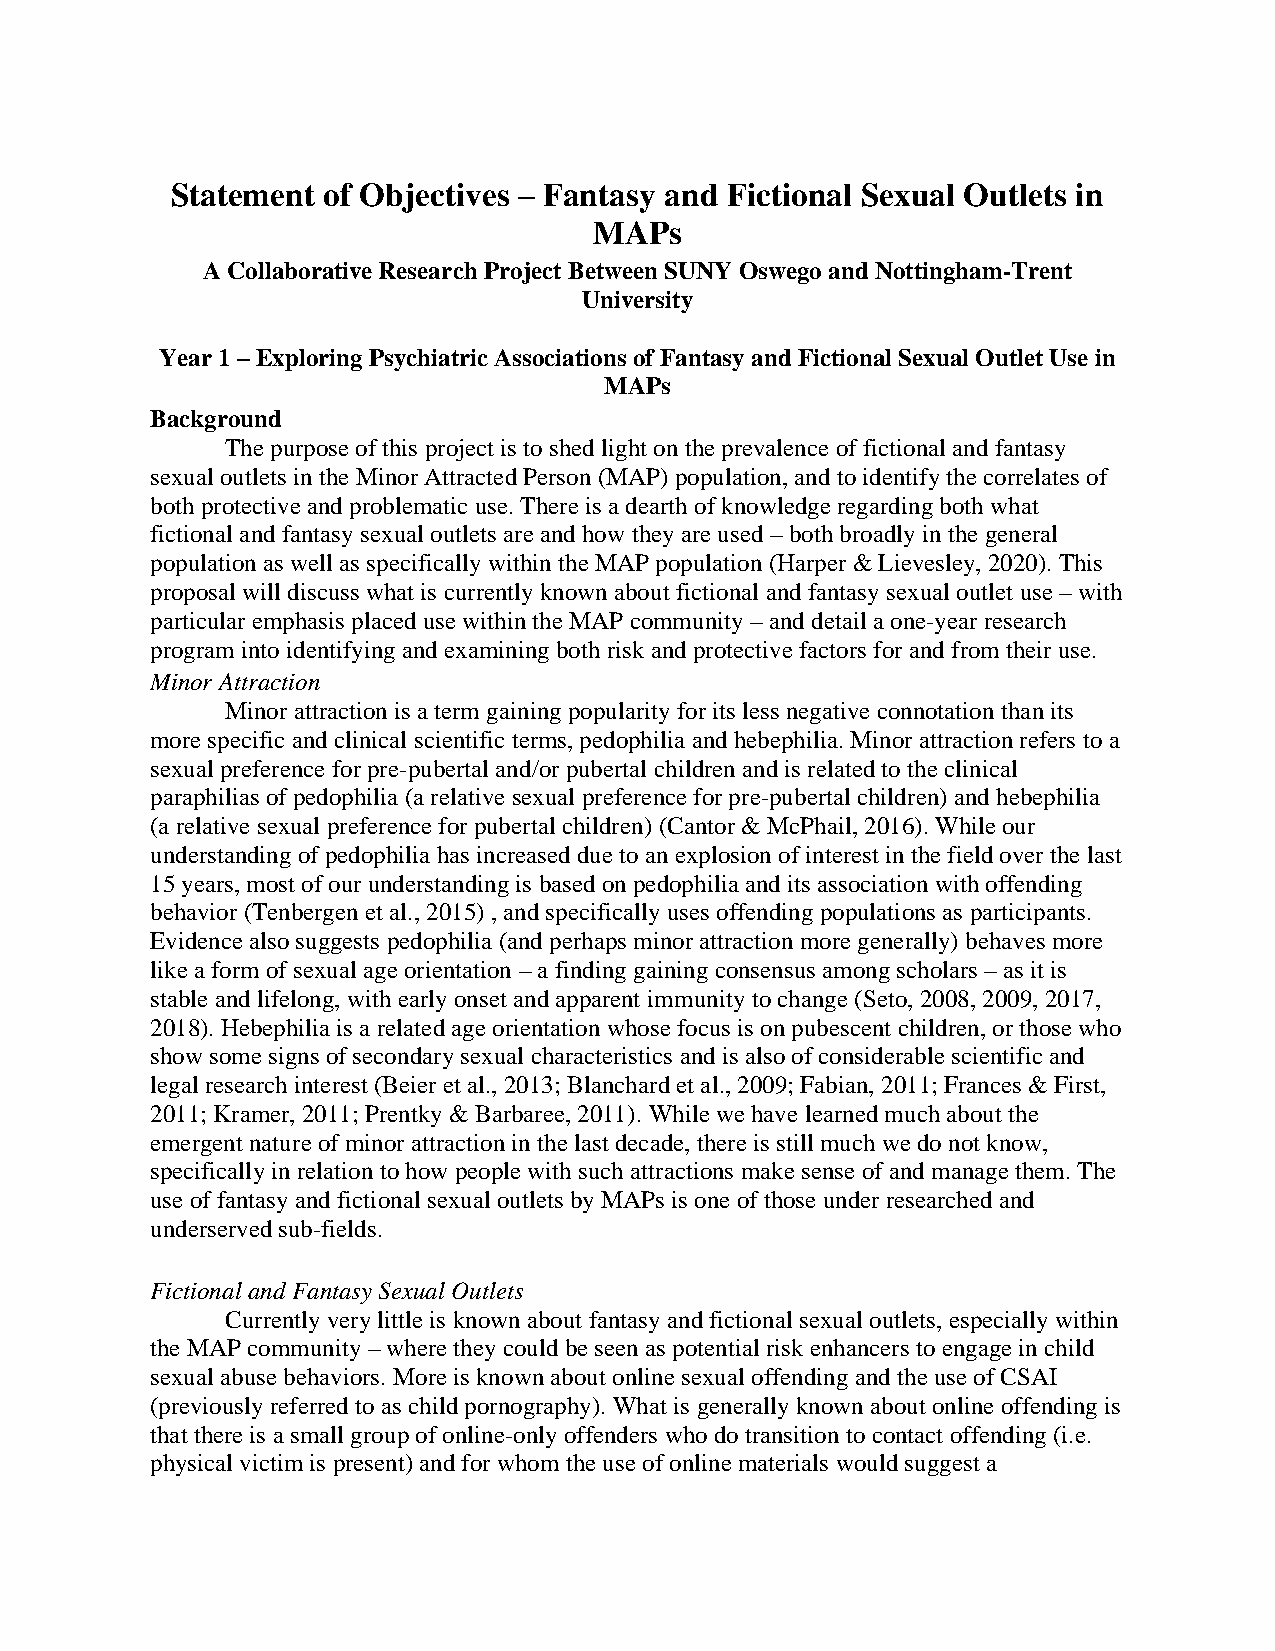
Statement of Objectives – Fantasy and Fictional Sexual Outlets in
 MAPs
 A Collaborative Research Project Between SUNY Oswego and Nottingham-Trent
 University
 Year 1 – Exploring Psychiatric Associations of Fantasy and Fictional Sexual Outlet Use in
 MAPs
 Background
 The purpose of this project is to shed light on the prevalence of fictional and fantasy
 sexual outlets in the Minor Attracted Person (MAP) population, and to identify the correlates of
 both protective and problematic use. There is a dearth of knowledge regarding both what
 fictional and fantasy sexual outlets are and how they are used – both broadly in the general
 population as well as specifically within the MAP population (Harper & Lievesley, 2020). This
 proposal will discuss what is currently known about fictional and fantasy sexual outlet use – with
 particular emphasis placed use within the MAP community – and detail a one-year research
 program into identifying and examining both risk and protective factors for and from their use.
 Minor Attraction
 Minor attraction is a term gaining popularity for its less negative connotation than its
 more specific and clinical scientific terms, pedophilia and hebephilia. Minor attraction refers to a
 sexual preference for pre-pubertal and/or pubertal children and is related to the clinical
 paraphilias of pedophilia (a relative sexual preference for pre-pubertal children) and hebephilia
 (a relative sexual preference for pubertal children) (Cantor & McPhail, 2016). While our
 understanding of pedophilia has increased due to an explosion of interest in the field over the last
 15 years, most of our understanding is based on pedophilia and its association with offending
 behavior (Tenbergen et al., 2015) , and specifically uses offending populations as participants.
 Evidence also suggests pedophilia (and perhaps minor attraction more generally) behaves more
 like a form of sexual age orientation – a finding gaining consensus among scholars – as it is
 stable and lifelong, with early onset and apparent immunity to change (Seto, 2008, 2009, 2017,
 2018). Hebephilia is a related age orientation whose focus is on pubescent children, or those who
 show some signs of secondary sexual characteristics and is also of considerable scientific and
 legal research interest (Beier et al., 2013; Blanchard et al., 2009; Fabian, 2011; Frances & First,
 2011; Kramer, 2011; Prentky & Barbaree, 2011). While we have learned much about the
 emergent nature of minor attraction in the last decade, there is still much we do not know,
 specifically in relation to how people with such attractions make sense of and manage them. The
 use of fantasy and fictional sexual outlets by MAPs is one of those under researched and
 underserved sub-fields.
 Fictional and Fantasy Sexual Outlets
 Currently very little is known about fantasy and fictional sexual outlets, especially within
 the MAP community – where they could be seen as potential risk enhancers to engage in child
 sexual abuse behaviors. More is known about online sexual offending and the use of CSAI
 (previously referred to as child pornography). What is generally known about online offending is
 that there is a small group of online-only offenders who do transition to contact offending (i.e.
 physical victim is present) and for whom the use of online materials would suggest a